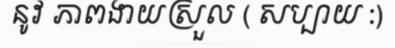
នូវ ភាពងាយស្រួល ( សប្បាយ :)